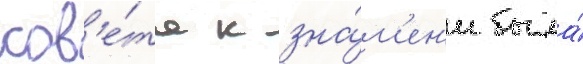
сов'е́та к зна́м'ен'и была́